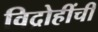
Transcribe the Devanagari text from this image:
विद्रोहींची